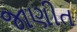
જાણીત